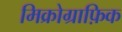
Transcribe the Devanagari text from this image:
मिक्रोग्राफ़िक